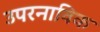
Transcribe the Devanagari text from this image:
उपरनाविक